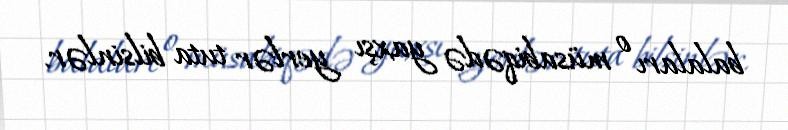
balaları o müsabiqədə yaxşı yerlər tuta bilsinlər.